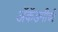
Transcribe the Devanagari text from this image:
ॲकॅडमीची